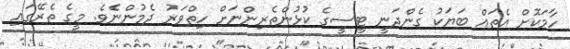
ހާމަކޮށް އެތައް ބަޔަކު ގެންދަނީ ޓީސީގެ ކުޅުންތެރިންނަށް ހިތްވަރު ދެމުންނެެވެ. މީގެ ތެރޭގައި